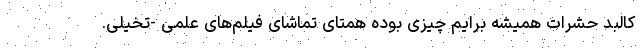
کالبد حشرات همیشه برایم چیزی بوده همتای تماشای فیلم‌های علمی -تخیلی.